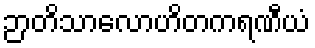
ဉာတိသာလောဟိတကရဏီယံ